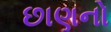
છાણનો